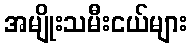
အမျိုးသမီးငယ်များ